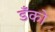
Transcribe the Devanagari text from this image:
डँको